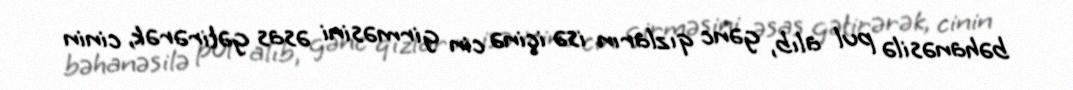
bəhanəsilə pul alıb, gənc qızların isə içinə cin girməsini əsas gətirərək, cinin